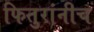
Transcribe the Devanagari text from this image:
फितुरांनीच